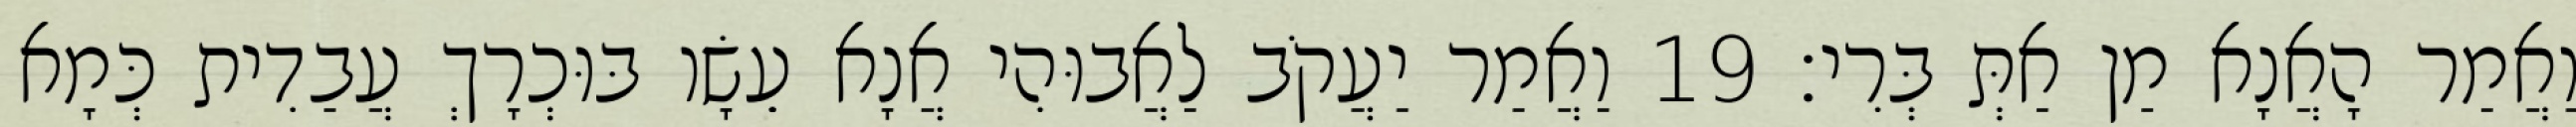
וַאֲמַר הָאֲנָא מַן אַתְּ בְּרִי׃ 19 וַאֲמַר יַעֲקֹב לַאֲבוּהִי אֲנָא עֵשָׂו בּוּכְרָךְ עֲבַדִית כְּמָא